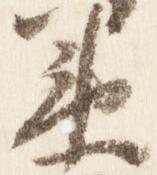
衛